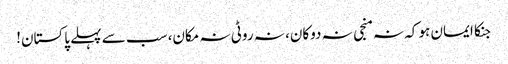
جنکا ایمان ہو کہ نہ منجی نہ دوکان، نہ روٹی نہ مکان، سب سے پہلے پاکستان!